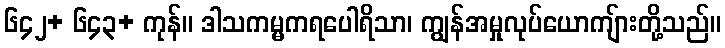
၆၄၂+ ၆၄၃+ ကုန်။ ဒါသကမ္မကရပေါရိသာ၊ ကျွန်အမှုလုပ်ယောကျ်ားတို့သည်။